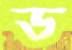
ড